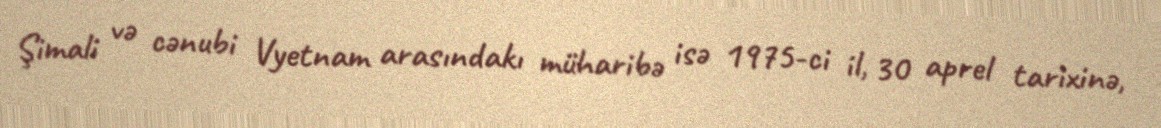
Şimali və cənubi Vyetnam arasındakı müharibə isə 1975-ci il, 30 aprel tarixinə,